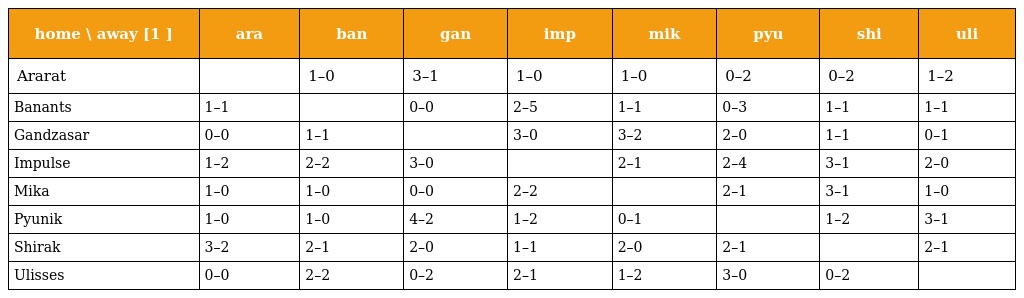
| home \ away [1 ] | ara | ban | gan | imp | mik | pyu | shi | uli |
 | --- | --- | --- | --- | --- | --- | --- | --- | --- |
 | Ararat |  | 1–0 | 3–1 | 1–0 | 1–0 | 0–2 | 0–2 | 1–2 |
 | Banants | 1–1 |  | 0–0 | 2–5 | 1–1 | 0–3 | 1–1 | 1–1 |
 | Gandzasar | 0–0 | 1–1 |  | 3–0 | 3–2 | 2–0 | 1–1 | 0–1 |
 | Impulse | 1–2 | 2–2 | 3–0 |  | 2–1 | 2–4 | 3–1 | 2–0 |
 | Mika | 1–0 | 1–0 | 0–0 | 2–2 |  | 2–1 | 3–1 | 1–0 |
 | Pyunik | 1–0 | 1–0 | 4–2 | 1–2 | 0–1 |  | 1–2 | 3–1 |
 | Shirak | 3–2 | 2–1 | 2–0 | 1–1 | 2–0 | 2–1 |  | 2–1 |
 | Ulisses | 0–0 | 2–2 | 0–2 | 2–1 | 1–2 | 3–0 | 0–2 |  |